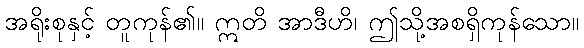
အရိုးစုနှင့် တူကုန်၏။ ဣတိ အာဒီဟိ၊ ဤသို့အစရှိကုန်သော။